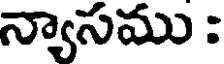
న్యాసము :